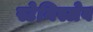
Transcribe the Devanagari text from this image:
स्टेनिस्लेव